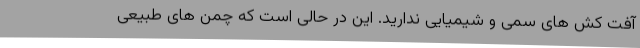
آفت کش های سمی و شیمیایی ندارید. این در حالی است که چمن های طبیعی